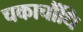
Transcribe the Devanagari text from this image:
चकाचौंधि